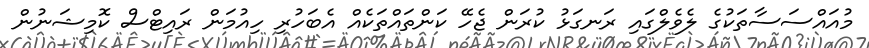
މުއައްސަސާތަކުގެ ލެވެލްގައި ރަނގަޅު ކުރަން ޖެހޭ ކަންތައްތަކެއް އެބަހުރި ހިއުމަން ރައިޓްސް ކޮމިޝަނުން